画像に写った文字を読んでください
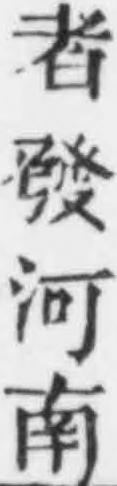
「者發河南」と書いてあります